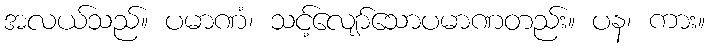
အလယ်သည်။ ပမာဏံ၊ သင့်လျော်သောပမာဏတည်း။ ပန၊ ကား။